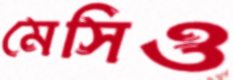
মেসিও